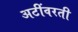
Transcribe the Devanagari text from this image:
अटींवरती